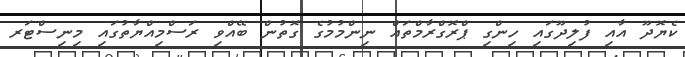
ކެޔޮދޫ އާއި ފުލިދޫގައި ހިންގި ޕްރޮގްރާމްތައް ނިންމުމުގެ ގޮތުން ބޭއްވި ރަސްމިއްޔާތުގައި މިނިސްޓަރ